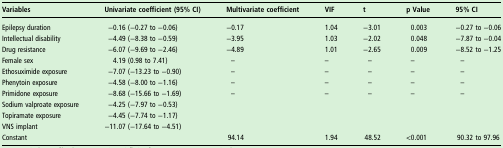
<table><thead><tr><td><b>Variables</b></td><td><b>Univariate coefficient (95% CI)</b></td><td><b>Multivariate coefficient</b></td><td><b>VIF</b></td><td><b>t</b></td><td><b>p Value</b></td><td><b>95% CI</b></td></tr></thead><tbody><tr><td>Epilepsy duration</td><td>−0.16 (−0.27 to −0.06)</td><td>−0.17</td><td>1.04</td><td>−3.01</td><td>0.003</td><td>−0.27 to −0.06</td></tr><tr><td>Intellectual disability</td><td>−4.49 (−8.38 to −0.59)</td><td>−3.95</td><td>1.03</td><td>−2.02</td><td>0.048</td><td>−7.87 to −0.04</td></tr><tr><td>Drug resistance</td><td>−6.07 (−9.69 to −2.46)</td><td>−4.89</td><td>1.01</td><td>−2.65</td><td>0.009</td><td>−8.52 to −1.25</td></tr><tr><td>Female sex</td><td>4.19 (0.98 to 7.41)</td><td>–</td><td>–</td><td>–</td><td>–</td><td>–</td></tr><tr><td>Ethosuximide exposure</td><td>−7.07 (−13.23 to −0.90)</td><td>–</td><td>–</td><td>–</td><td>–</td><td>–</td></tr><tr><td>Phenytoin exposure</td><td>−4.58 (−8.00 to −1.16)</td><td>–</td><td>–</td><td>–</td><td>–</td><td>–</td></tr><tr><td>Primidone exposure</td><td>−8.68 (−15.66 to −1.69)</td><td>–</td><td>–</td><td>–</td><td>–</td><td>–</td></tr><tr><td>Sodium valproate exposure</td><td>−4.25 (−7.97 to −0.53)</td><td></td><td></td><td></td><td></td><td></td></tr><tr><td>Topiramate exposure</td><td>−4.45 (−7.74 to −1.17)</td><td></td><td></td><td></td><td></td><td></td></tr><tr><td>VNS implant</td><td>−11.07 (−17.64 to −4.51)</td><td></td><td></td><td></td><td></td><td></td></tr><tr><td>Constant</td><td></td><td>94.14</td><td>1.94</td><td>48.52</td><td>&lt;0.001</td><td>90.32 to 97.96</td></tr></tbody></table>